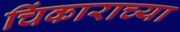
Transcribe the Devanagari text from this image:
चिंकाराच्या